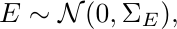
\begin{equation*}
    E \sim \mathcal{N}(0,{\Sigma_E}),
\end{equation*}